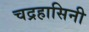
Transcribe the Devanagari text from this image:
चद्रहासिनी